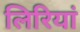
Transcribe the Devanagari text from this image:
लिरियां